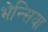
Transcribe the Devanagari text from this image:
भेन्सिया